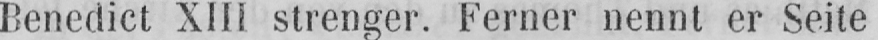
Benedict XIII strenger. Ferner nennt er Seite